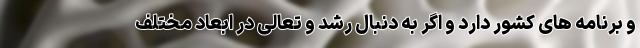
و برنامه های کشور دارد و اگر به دنبال رشد و تعالی در ابعاد مختلف